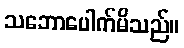
သဘောပေါက်မိသည်။